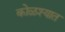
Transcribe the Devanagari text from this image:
कोळश्यात